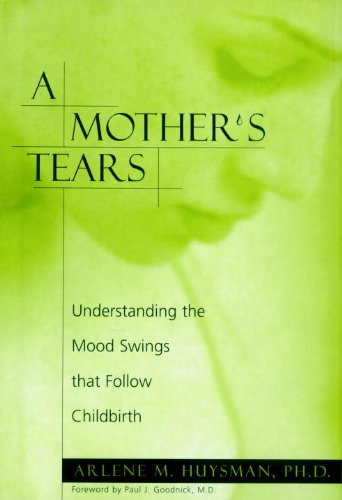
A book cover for A Mother's Tears: Understanding the Mood Swings That Follow Childbirth; Arlene M. Huysman; Health, Fitness & Dieting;